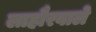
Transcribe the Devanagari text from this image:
लाहौरवाले